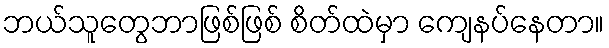
ဘယ်သူတွေဘာဖြစ်ဖြစ် စိတ်ထဲမှာ ကျေနပ်နေတာ။